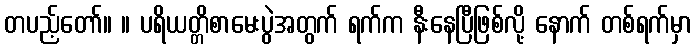
တပည့်တော်။ ။ ပရိယတ္တိစာမေးပွဲအတွက် ရက်က နီးနေပြီဖြစ်လို့ နောက် တစ်ရက်မှာ